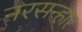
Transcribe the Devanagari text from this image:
नरसन्हार